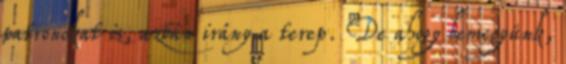
patronokat is, aztán irány a terep. De ahogy bemegyünk,